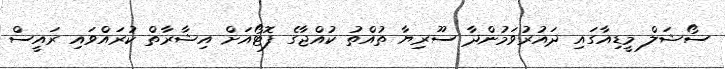
ސޯޝަލް މީޑިއާގައި ދައުރުވަމުންދާ ސޫރިޔާ ތުއްތު ކުއްޖާގެ ފޮޓޯއަށް އިޝާރާތް ކުރައްވައި ރައީސް